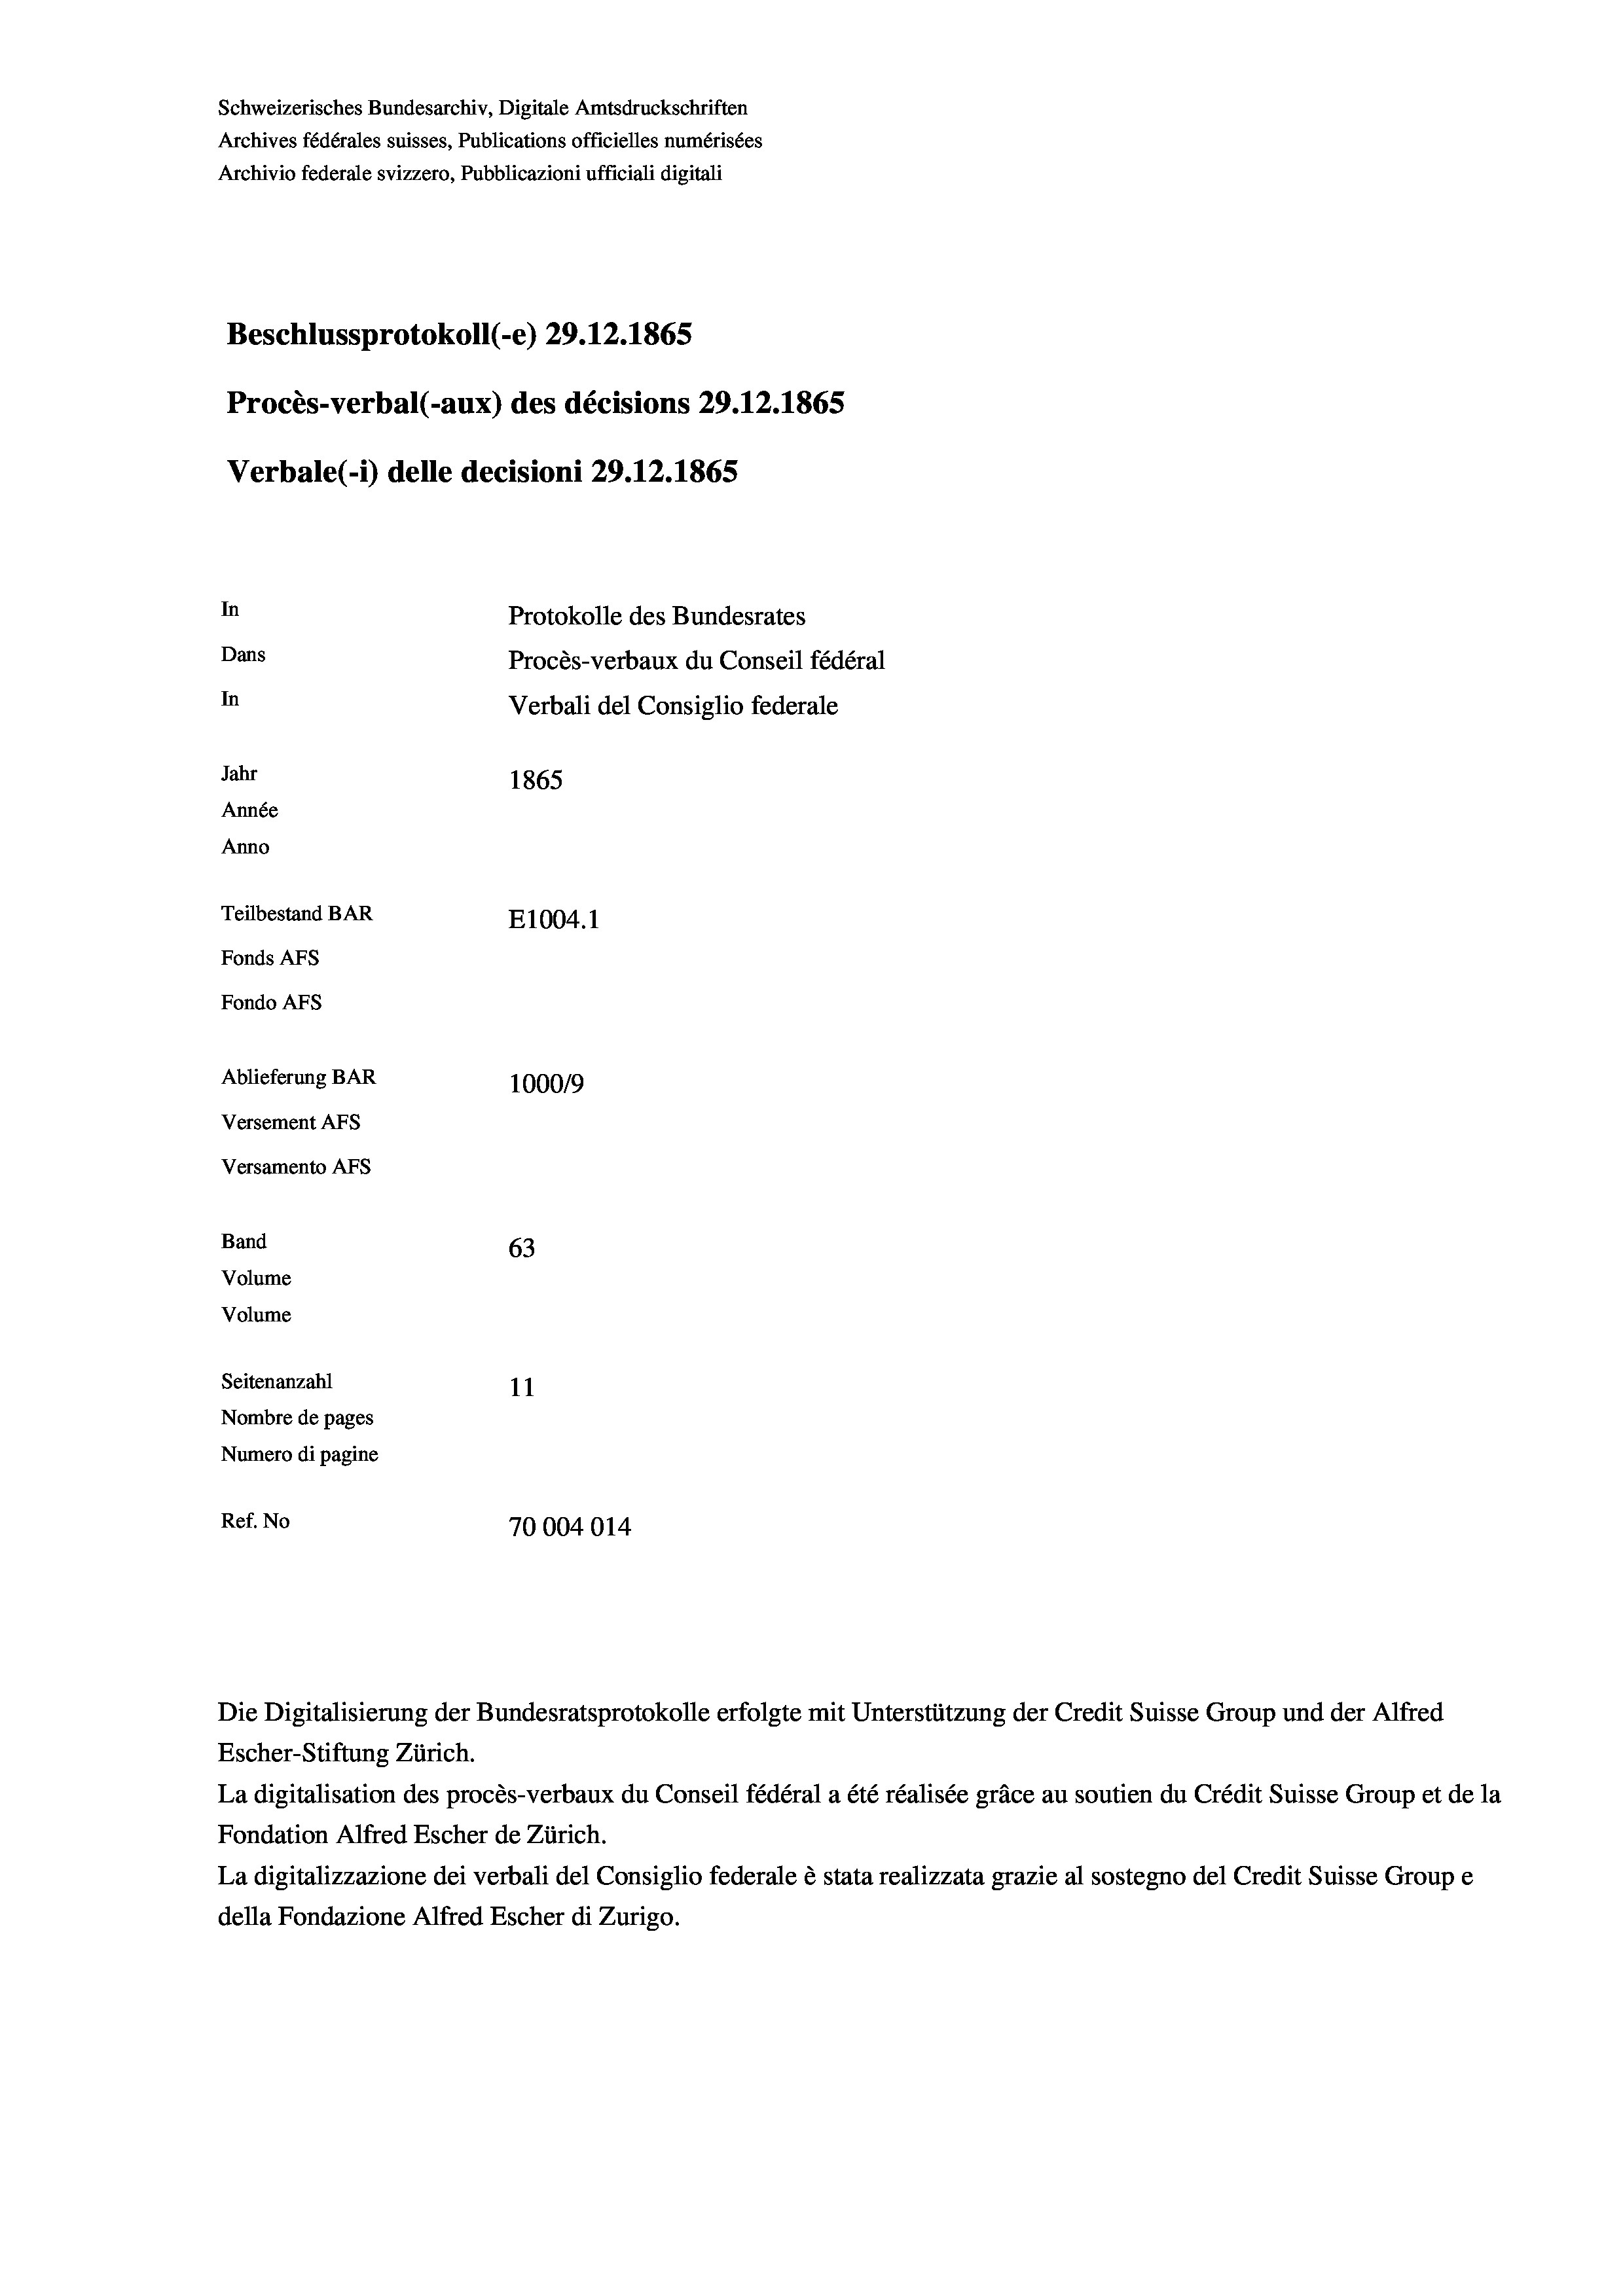
Schweizerisches Bundesarchiv, Digitale Amtsdruckschriften
Archives fédérales suisses, Publications officielles numérisées
Archivio federale svizzero, Pubblicazioni ufficiali digitali
Beschlussprotokoll (-e) 29.12.1865
Procès-verbal (-aux) des décisions 29.12.1865
Verbale (- 1) delle decisioni 29.12.1865
In
Protokolle des Bundesrates
Dans
Procès-verbaux du Conseil fédéral
In
Verbali del Consiglio federale
Jahr
1865
Année
Anno
Teilbestand BAR
E1004. 1
Fonds AFs
Fondo AFs
Ablieferung BAR
100019
Versement Abs
Versamento Afs

Band

63
Seitenanzahl
11
Nombre de pages
Numero di pagine
Ref. No
70004014

Volume
Volume

Escher-Stiftung Zürich.
La digitalisation des procès-verbaux du Conseil fédéral a été réalisée gräce au soutien du Crédit Suisse Group et de la
Fondation Alfred Escher de Zürich.
La digitalizzazione dei verbali del Consiglio federale è stata realizzata grazie al sostegno del Credit Suisse Groupe
della Fondazione Alfred Escher di Zurigo.

Die Digitalisierung der Bundesratsprotokolle erfolgte mit Unterstützung der Credit Suisse Group und der Alfred